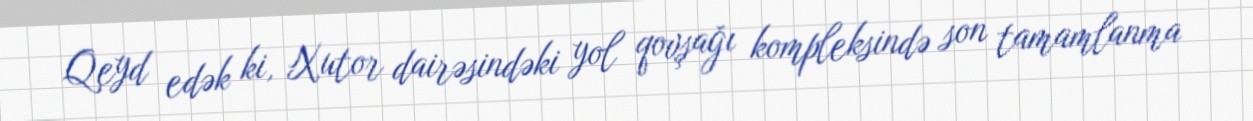
Qeyd edək ki, Xutor dairəsindəki yol qovşağı kompleksində son tamamlanma